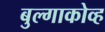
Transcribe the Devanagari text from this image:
बुल्गाकोव्ह